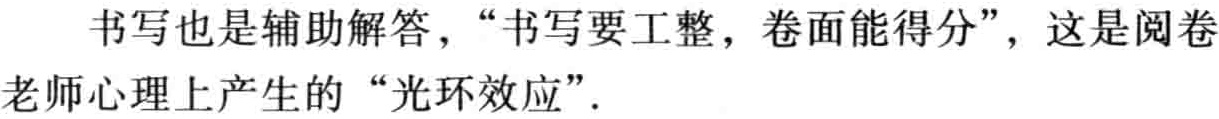
书写也是辅助解答，“书写要工整，卷面能得分”，这是阅卷老师心理上产生的“光环效应”.